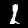
Label: 1